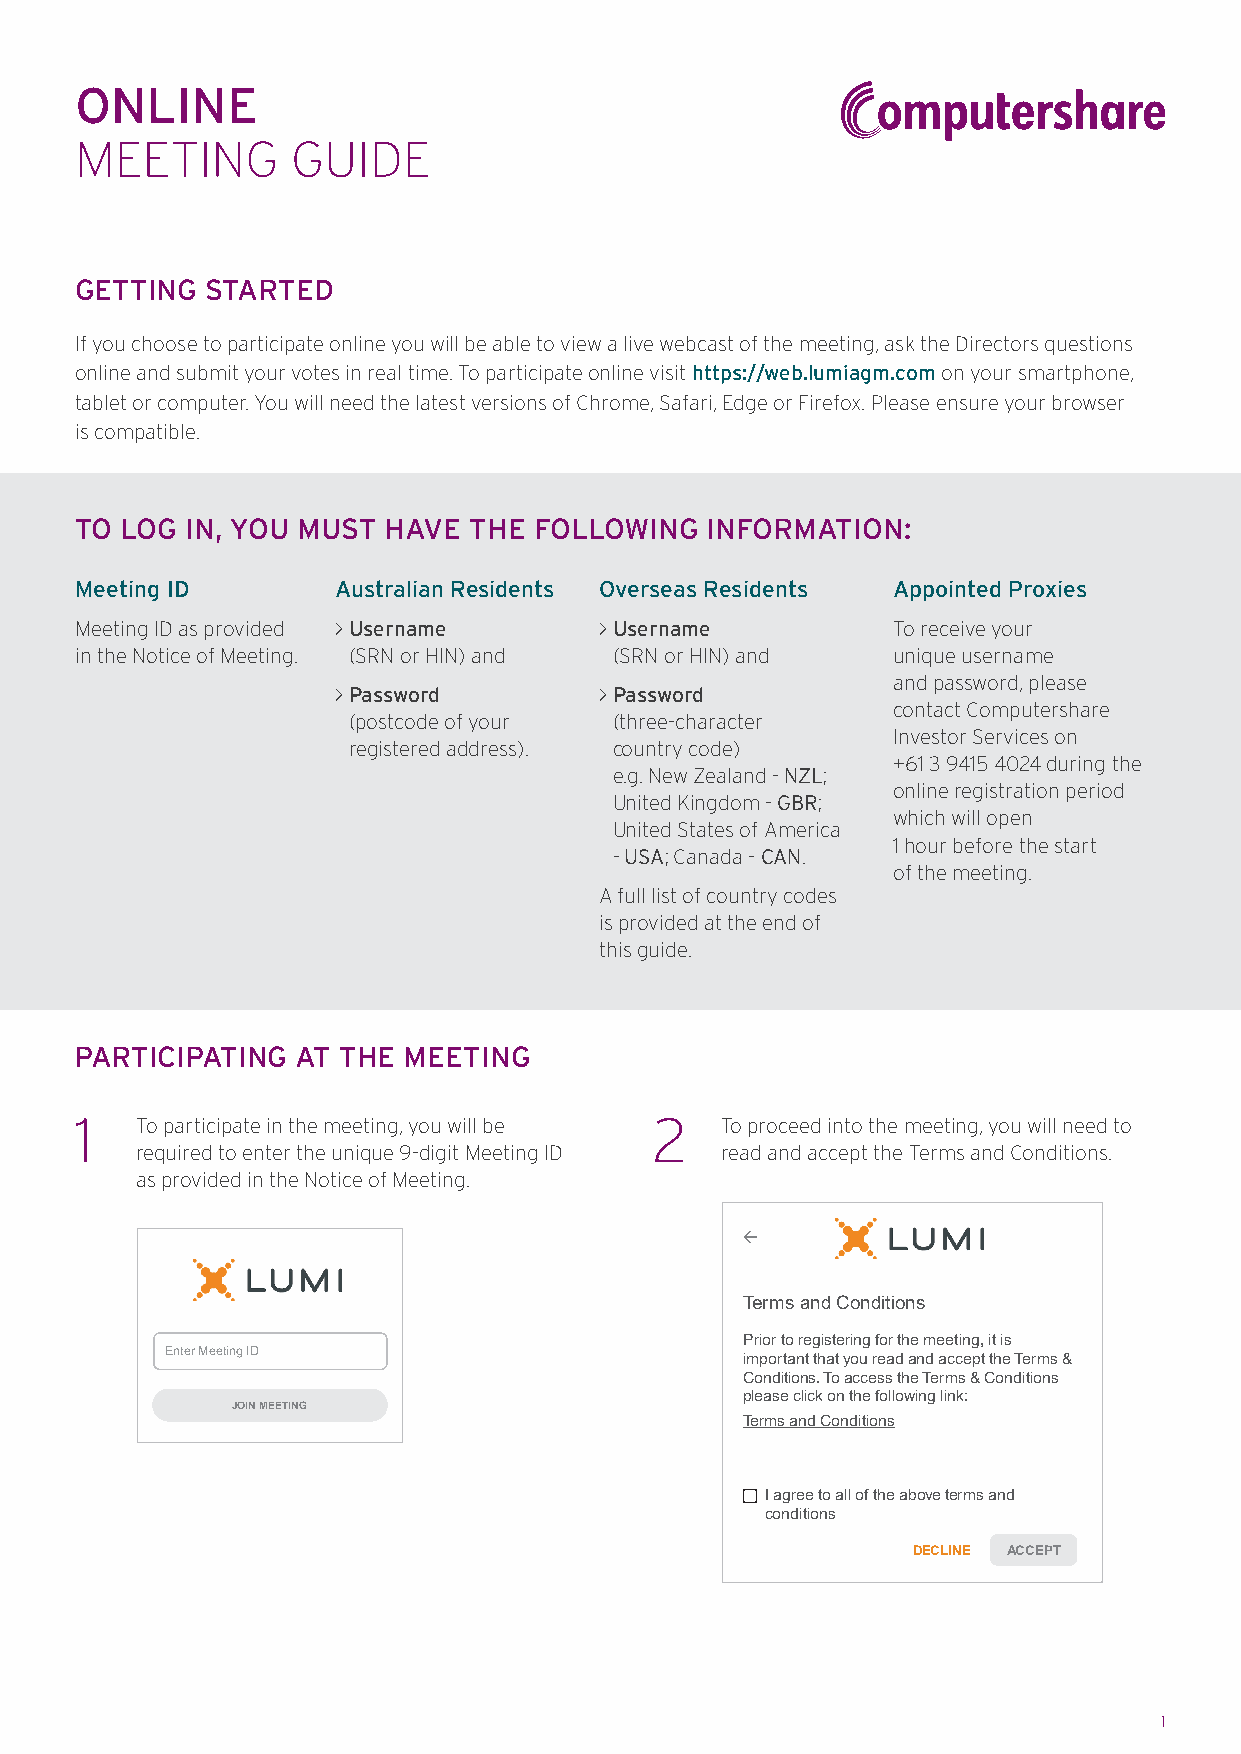
ONLINE
 MEETING       GUIDE
 GETTING  STARTED
 If you choose to participate online you will be able to view a live webcast of the meeting, ask the Directors questions
 online and submit your votes in real time. To participate online visit https://web.lumiagm.com on your smartphone,
 tablet or computer. You will need the latest versions of Chrome, Safari, Edge or Firefox. Please ensure your browser
 is compatible.
 TO LOG IN, YOU MUST HAVE  THE FOLLOWING   INFORMATION:
 Meeting ID       Australian Residents Overseas Residents Appointed Proxies
 Meeting ID as provided > Username  > Username         To receive your
 in the Notice of Meeting. (SRN or HIN) and (SRN or HIN) and unique username
 and password, please
 > Password        > Password
 contact Computershare
 (postcode of your (three-character
 Investor Services on
 registered address). country code)
 +61 3 9415 4024 during the
 e.g. New Zealand - NZL;
 online registration period
 United Kingdom - GBR;
 which will open
 United States of America
 1 hour before the start
 - USA; Canada - CAN.
 of the meeting.
 A full list of country codes
 is provided at the end of
 this guide.
 PARTICIPATING  AT THE MEETING
 1   To participate in the meeting, you will be 2 To proceed into the meeting, you will need to
 required to enter the unique 9-digit Meeting ID read and accept the Terms and Conditions.
 as provided in the Notice of Meeting.
 
 Terms and Conditions
 Prior to registering for the meeting, it is
 Enter Meeting ID
 important that you read and accept the Terms &
 Conditions. To access the Terms & Conditions
 please click on the following link:
 JOIN MEETING
 Terms and Conditions
 I agree to all of the above terms and
 conditions
 DECLINE ACCEPT
 1